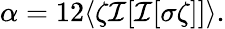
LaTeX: \alpha=12\langle\zeta\mathcal{I}[\mathcal{I}[\sigma\zeta]]\rangle.